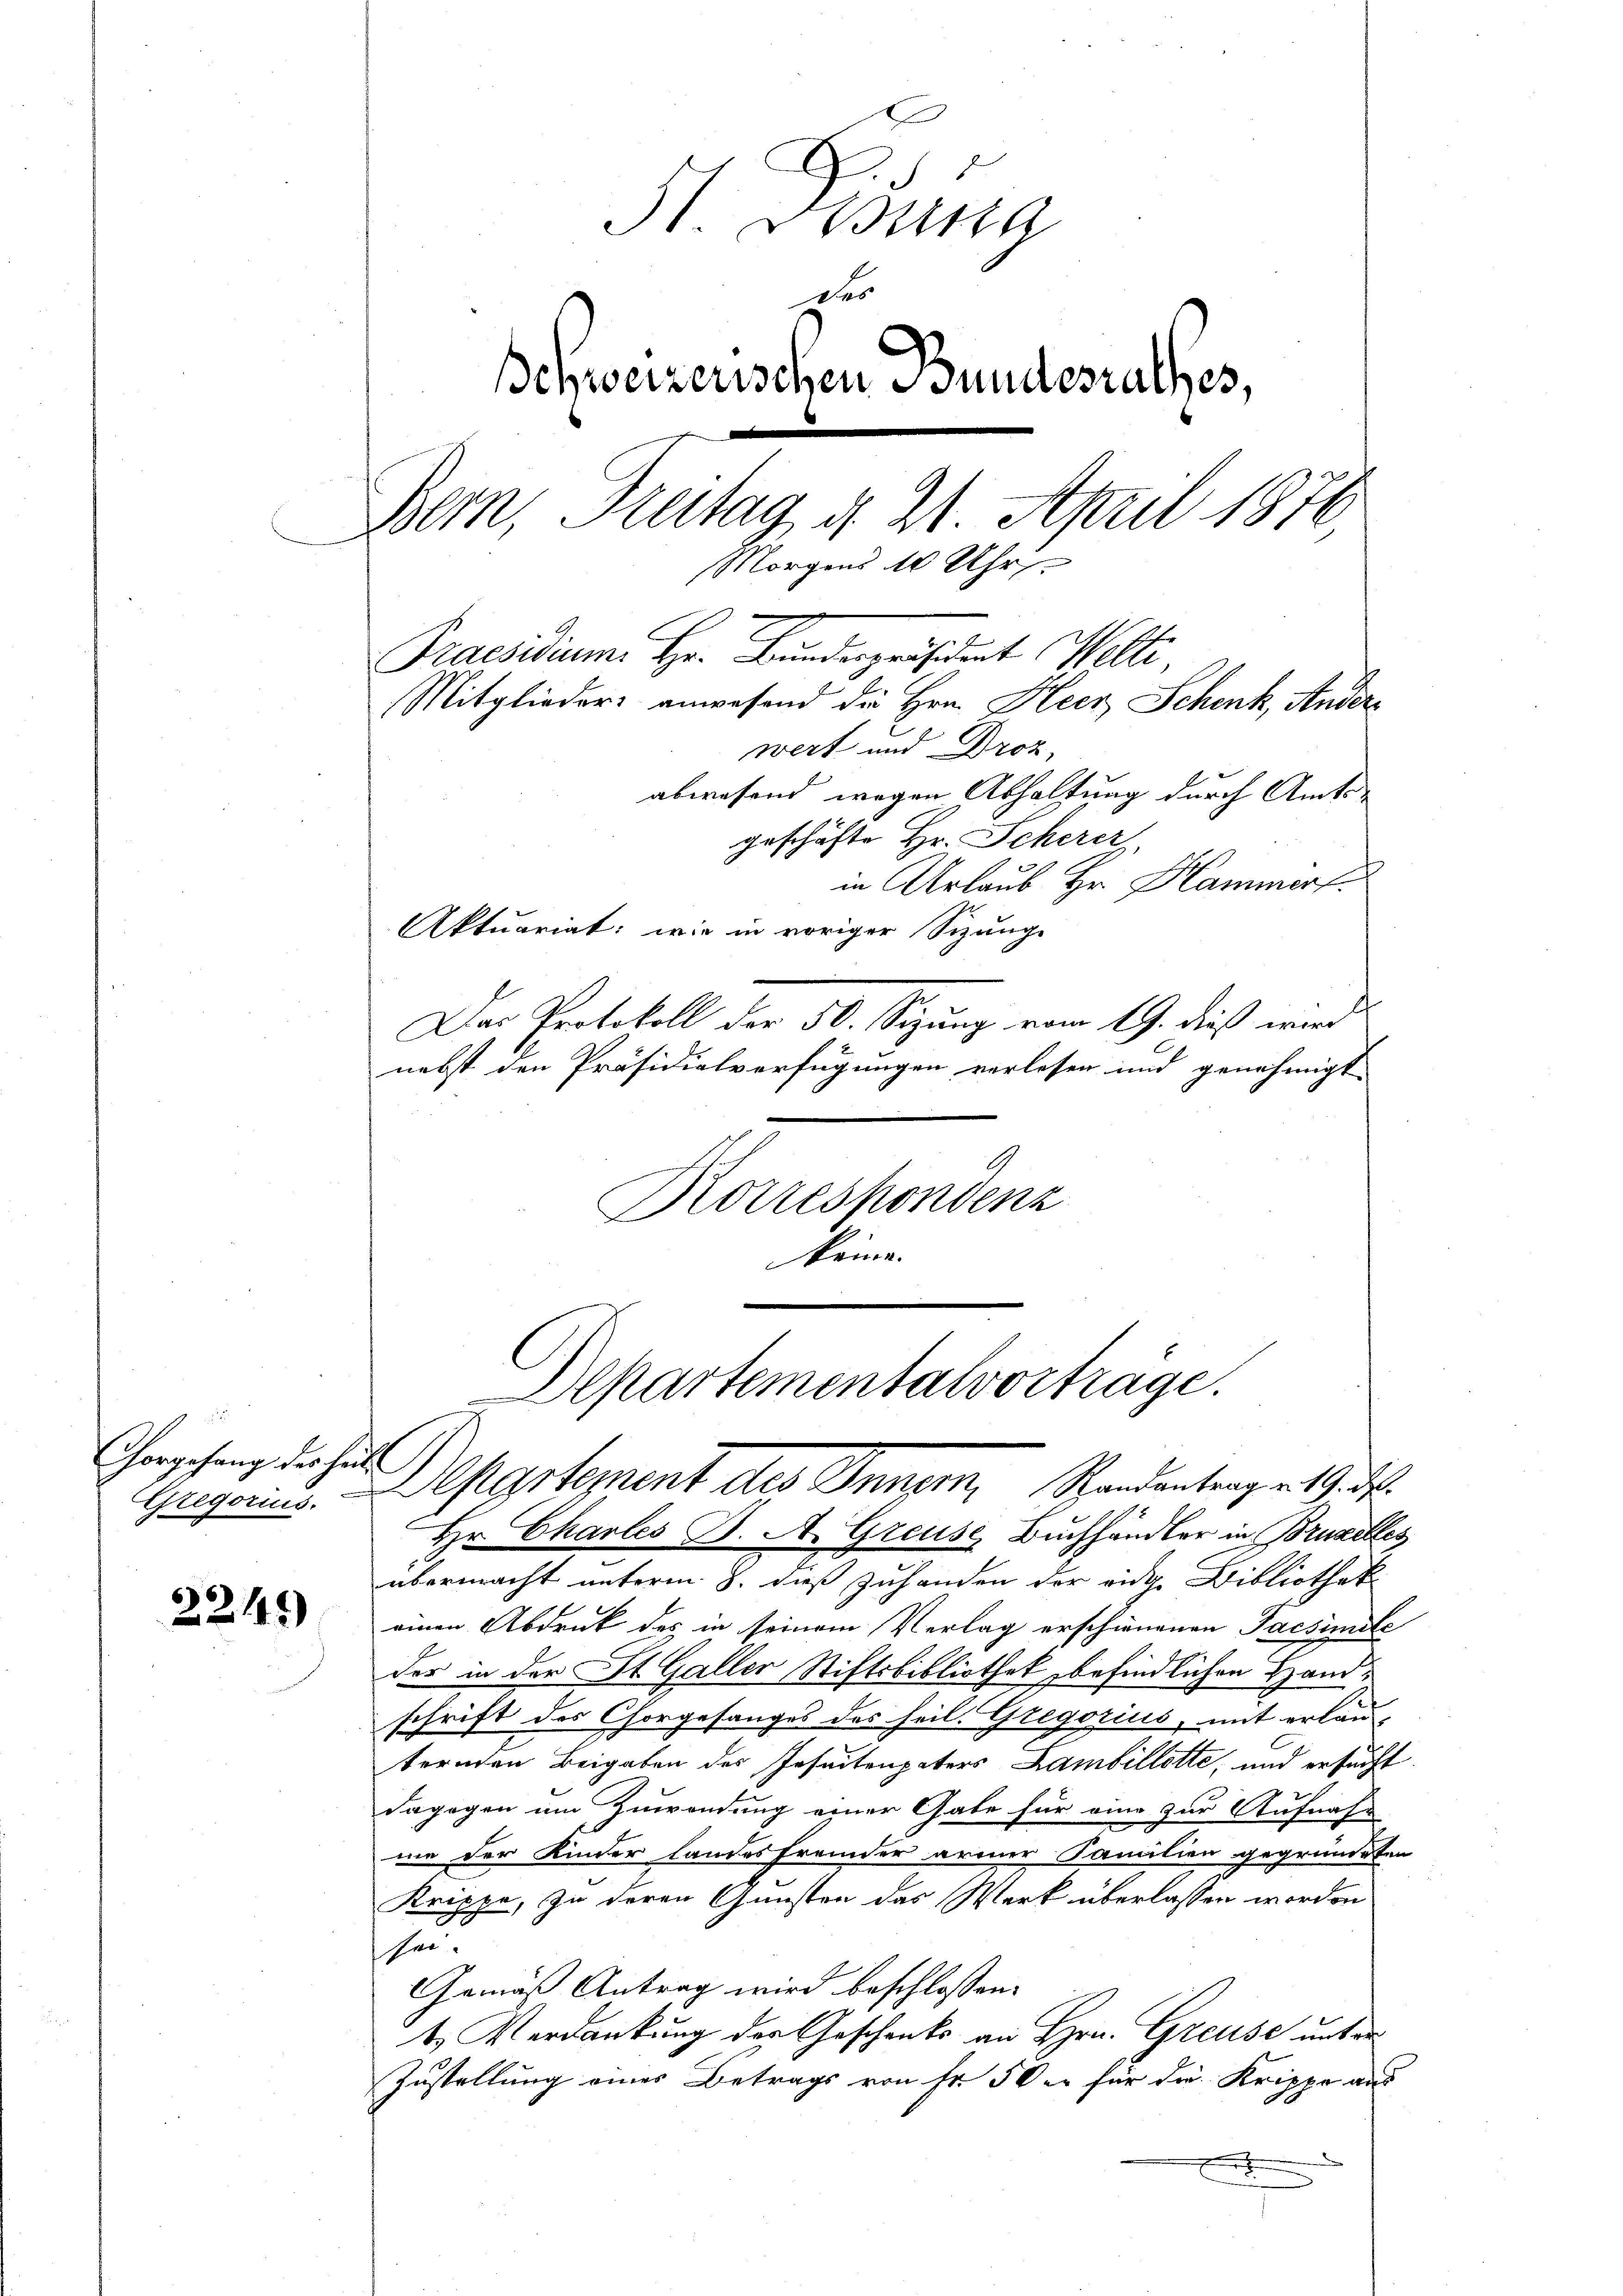
Chorgefang des Heil

22145)

St. Gesana
Schweizerischen Bundesrathes,
Bern, Freitag d. 21. April 1870,
Morgens 10 Uhr
Praesidium. Hr. Bundespräsident Welti
Mitglieder anwesend die Hrn. Heer Schenk, Andere
wert und Droz,
abwesend wegen Abhaltung durch Amts-

geschäfte Hr. Scherer
in Urlaub Hr. Hammert.
Aktuariat: wie in voriger Sizunge
Der Protokoll der 50. Sizung vom 19. dieß wird
nebst den Präsidialverfügungen verlesen und genehmigt
Korrespondenz
keine

Departementalvortrage.
Gregoris. Departement des Inner, Standentragen d. d.

des

Hr. Chartes J. A. Greuse, Buchhändler in Bruzelles
übermacht unterm 8. dieß zuhanden der vidige Bibliothek
einen Abdruck des in seinem Verlag erschienenen Tacsimite
des in der St. Galler Stiftsbibliothek befindlichen Handschrift des Chorgesanges des heil. Gregozius, mit erlauternden Beigaben des Insectenpaters Lambillette, und ersucht.
dagegen um Zuwendung einer Gabe für eine zur Aufnahm
me der Kinder Landesfremder armer Familien gegründeten
Krippe, zu deren Gunsten das Werk überlassen worden
hen.
Gemäß Antrag wird beschlossen:
t. Verdankung der Geschenks an Hrn. Greuse unter
Zustellung eines Betrags von Fr. 50 er für die Krippe aus